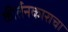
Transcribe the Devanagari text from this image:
कीर्तनकाराचा